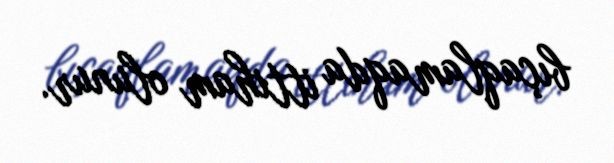
bıçaqlamaqda ittiham olunur.